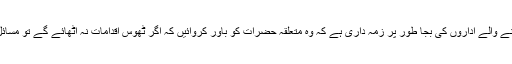
رائے عامہ بیدار کرنے والے اداروں کی بجا طور پر زمہ داری ہے کہ وہ متعلقہ حضرات کو باور کروائیں کہ اگر ٹھوس اقدامات نہ اٹھائے گے تو مسائل میں افافہ یقینی ہے۔